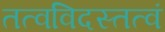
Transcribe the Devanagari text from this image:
तत्वविदस्तत्वं